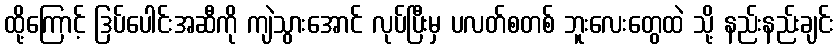
ထို့ကြောင့် ဒြပ်ပေါင်းအဆီကို ကျဲသွားအောင် လုပ်ပြီးမှ ပလတ်စတစ် ဘူးလေးတွေထဲ သို့ နည်းနည်းချင်း